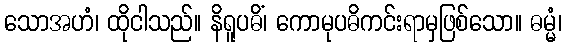
သောအဟံ၊ ထိုငါသည်။ နိရူပဓိံ၊ ကောမုပဓိကင်းရာမှဖြစ်သော။ ဓမ္မံ၊